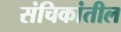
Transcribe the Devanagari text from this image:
संचिकांतील